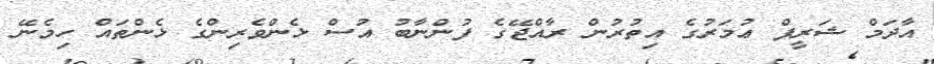
އާދަމް ޝަރީފް ޢުމަރުގެ އިތުރުން ރާއްޖޭގެ ފުންނާބު އުސް ޅެންވެރިންގެ ޅެންތައް ހިމެނޭ